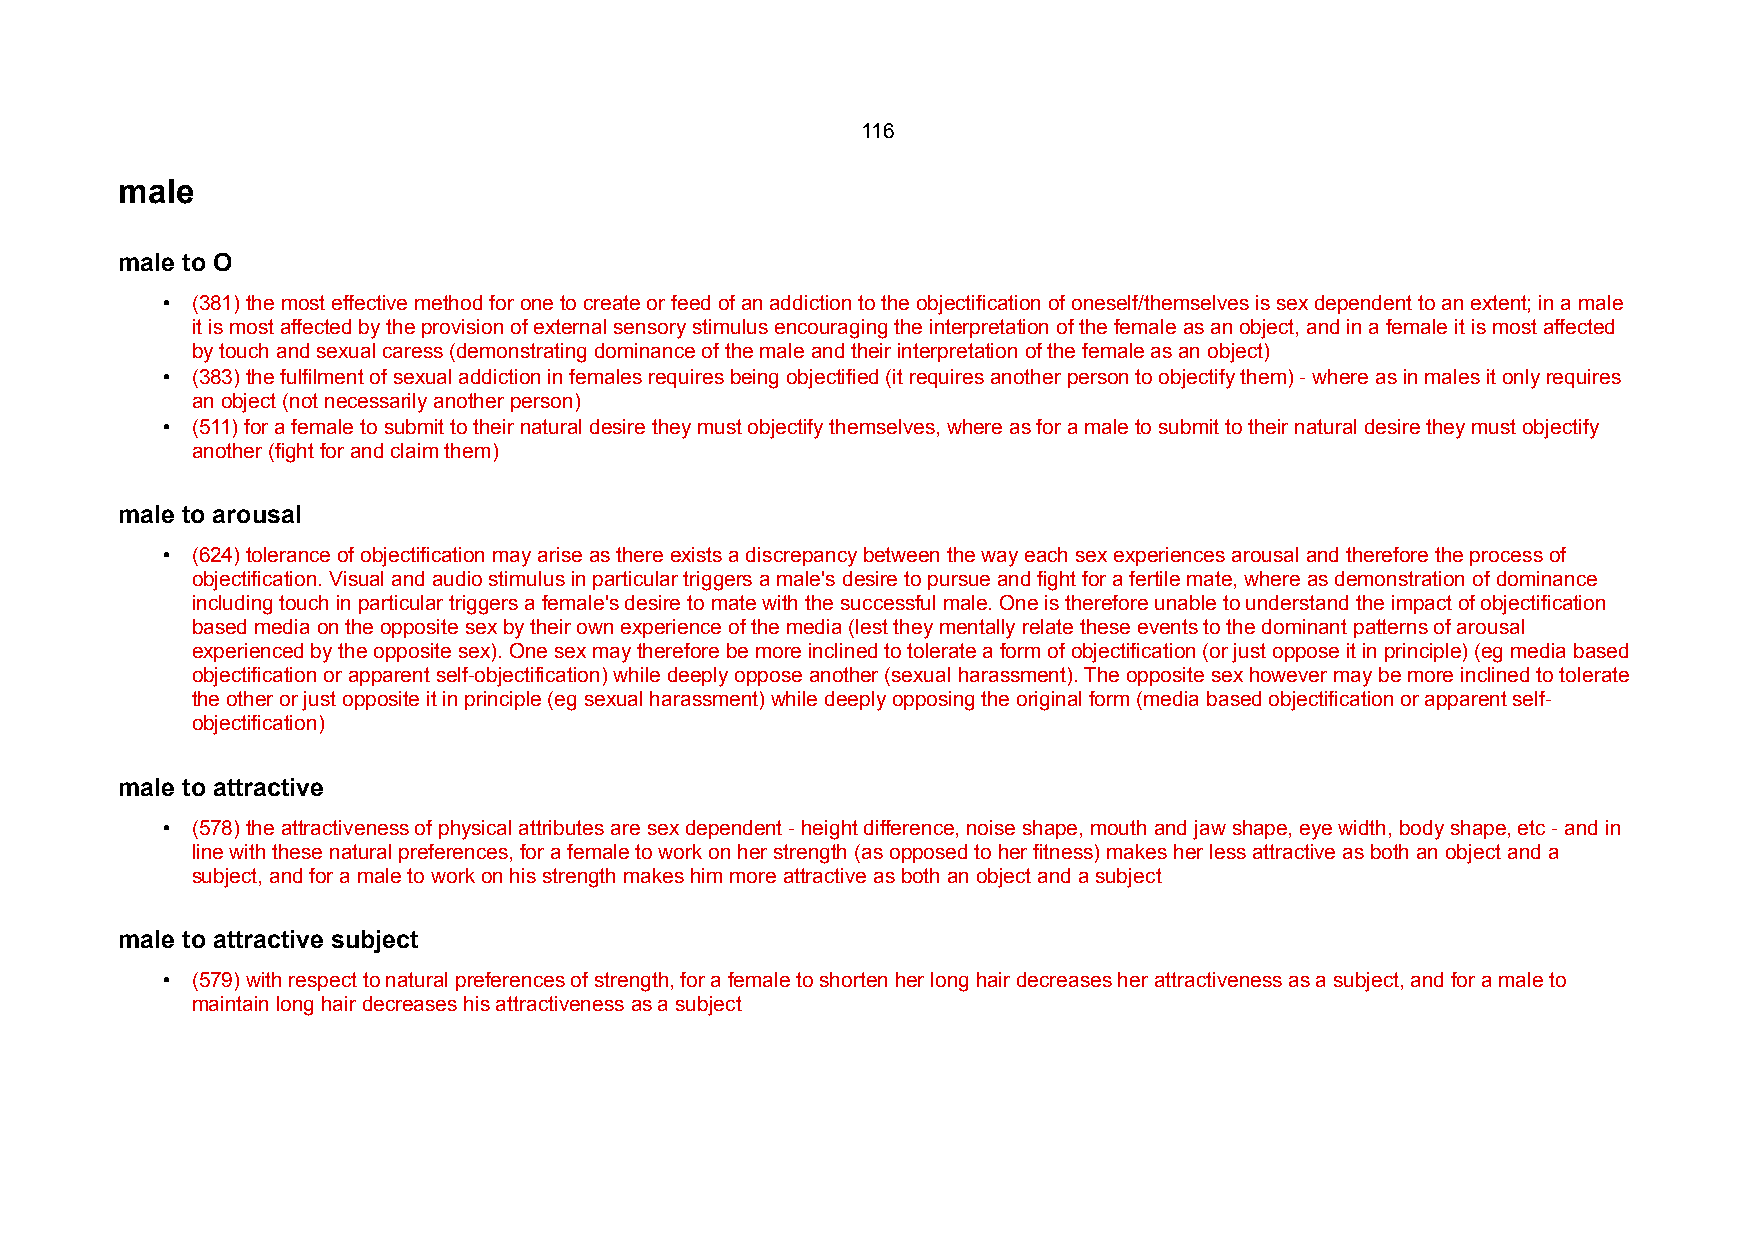
116
 male
 male to O
 • (381) the most effective method for one to create or feed of an addiction to the objectification of oneself/themselves is sex dependent to an extent; in a male
 it is most affected by the provision of external sensory stimulus encouraging the interpretation of the female as an object, and in a female it is most affected
 by touch and sexual caress (demonstrating dominance of the male and their interpretation of the female as an object)
 • (383) the fulfilment of sexual addiction in females requires being objectified (it requires another person to objectify them) - where as in males it only requires
 an object (not necessarily another person)
 • (511) for a female to submit to their natural desire they must objectify themselves, where as for a male to submit to their natural desire they must objectify
 another (fight for and claim them)
 male to arousal
 • (624) tolerance of objectification may arise as there exists a discrepancy between the way each sex experiences arousal and therefore the process of
 objectification. Visual and audio stimulus in particular triggers a male's desire to pursue and fight for a fertile mate, where as demonstration of dominance
 including touch in particular triggers a female's desire to mate with the successful male. One is therefore unable to understand the impact of objectification
 based media on the opposite sex by their own experience of the media (lest they mentally relate these events to the dominant patterns of arousal
 experienced by the opposite sex). One sex may therefore be more inclined to tolerate a form of objectification (or just oppose it in principle) (eg media based
 objectification or apparent self-objectification) while deeply oppose another (sexual harassment). The opposite sex however may be more inclined to tolerate
 the other or just opposite it in principle (eg sexual harassment) while deeply opposing the original form (media based objectification or apparent self-
 objectification)
 male to attractive
 • (578) the attractiveness of physical attributes are sex dependent - height difference, noise shape, mouth and jaw shape, eye width, body shape, etc - and in
 line with these natural preferences, for a female to work on her strength (as opposed to her fitness) makes her less attractive as both an object and a
 subject, and for a male to work on his strength makes him more attractive as both an object and a subject
 male to attractive subject
 • (579) with respect to natural preferences of strength, for a female to shorten her long hair decreases her attractiveness as a subject, and for a male to
 maintain long hair decreases his attractiveness as a subject